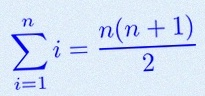
\sum_{i=1}^{n}i=\frac{n(n+1)}2